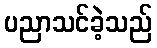
ပညာသင်ခဲ့သည်